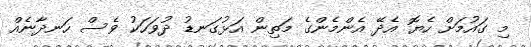
މި ގައުމަށް ހެޔޮ އެދޭ އެންމެންގެ މަތިން އަޅުގަނޑު ދުވަހަކު ވެސް ހަނދާނެއް